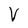
Character: V